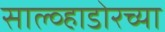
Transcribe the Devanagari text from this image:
साल्व्हाडोरच्या